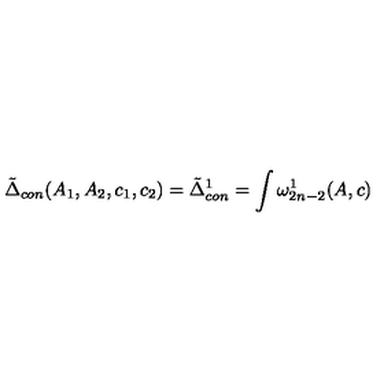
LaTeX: \tilde { \Delta } _ { c o n } ( A _ { 1 } , A _ { 2 } , c _ { 1 } , c _ { 2 } ) = \tilde { \Delta } _ { c o n } ^ { 1 } = \int \omega _ { 2 n - 2 } ^ { 1 } ( A , c )